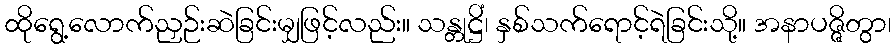
ထိုရွေ့လောက်ညှဉ်းဆဲခြင်းမျှဖြင့်လည်း။ သန္တုဋ္ဌိံ၊ နှစ်သက်ရောင့်ရဲခြင်းသို့။ အနာပဇ္ဇိတွာ၊